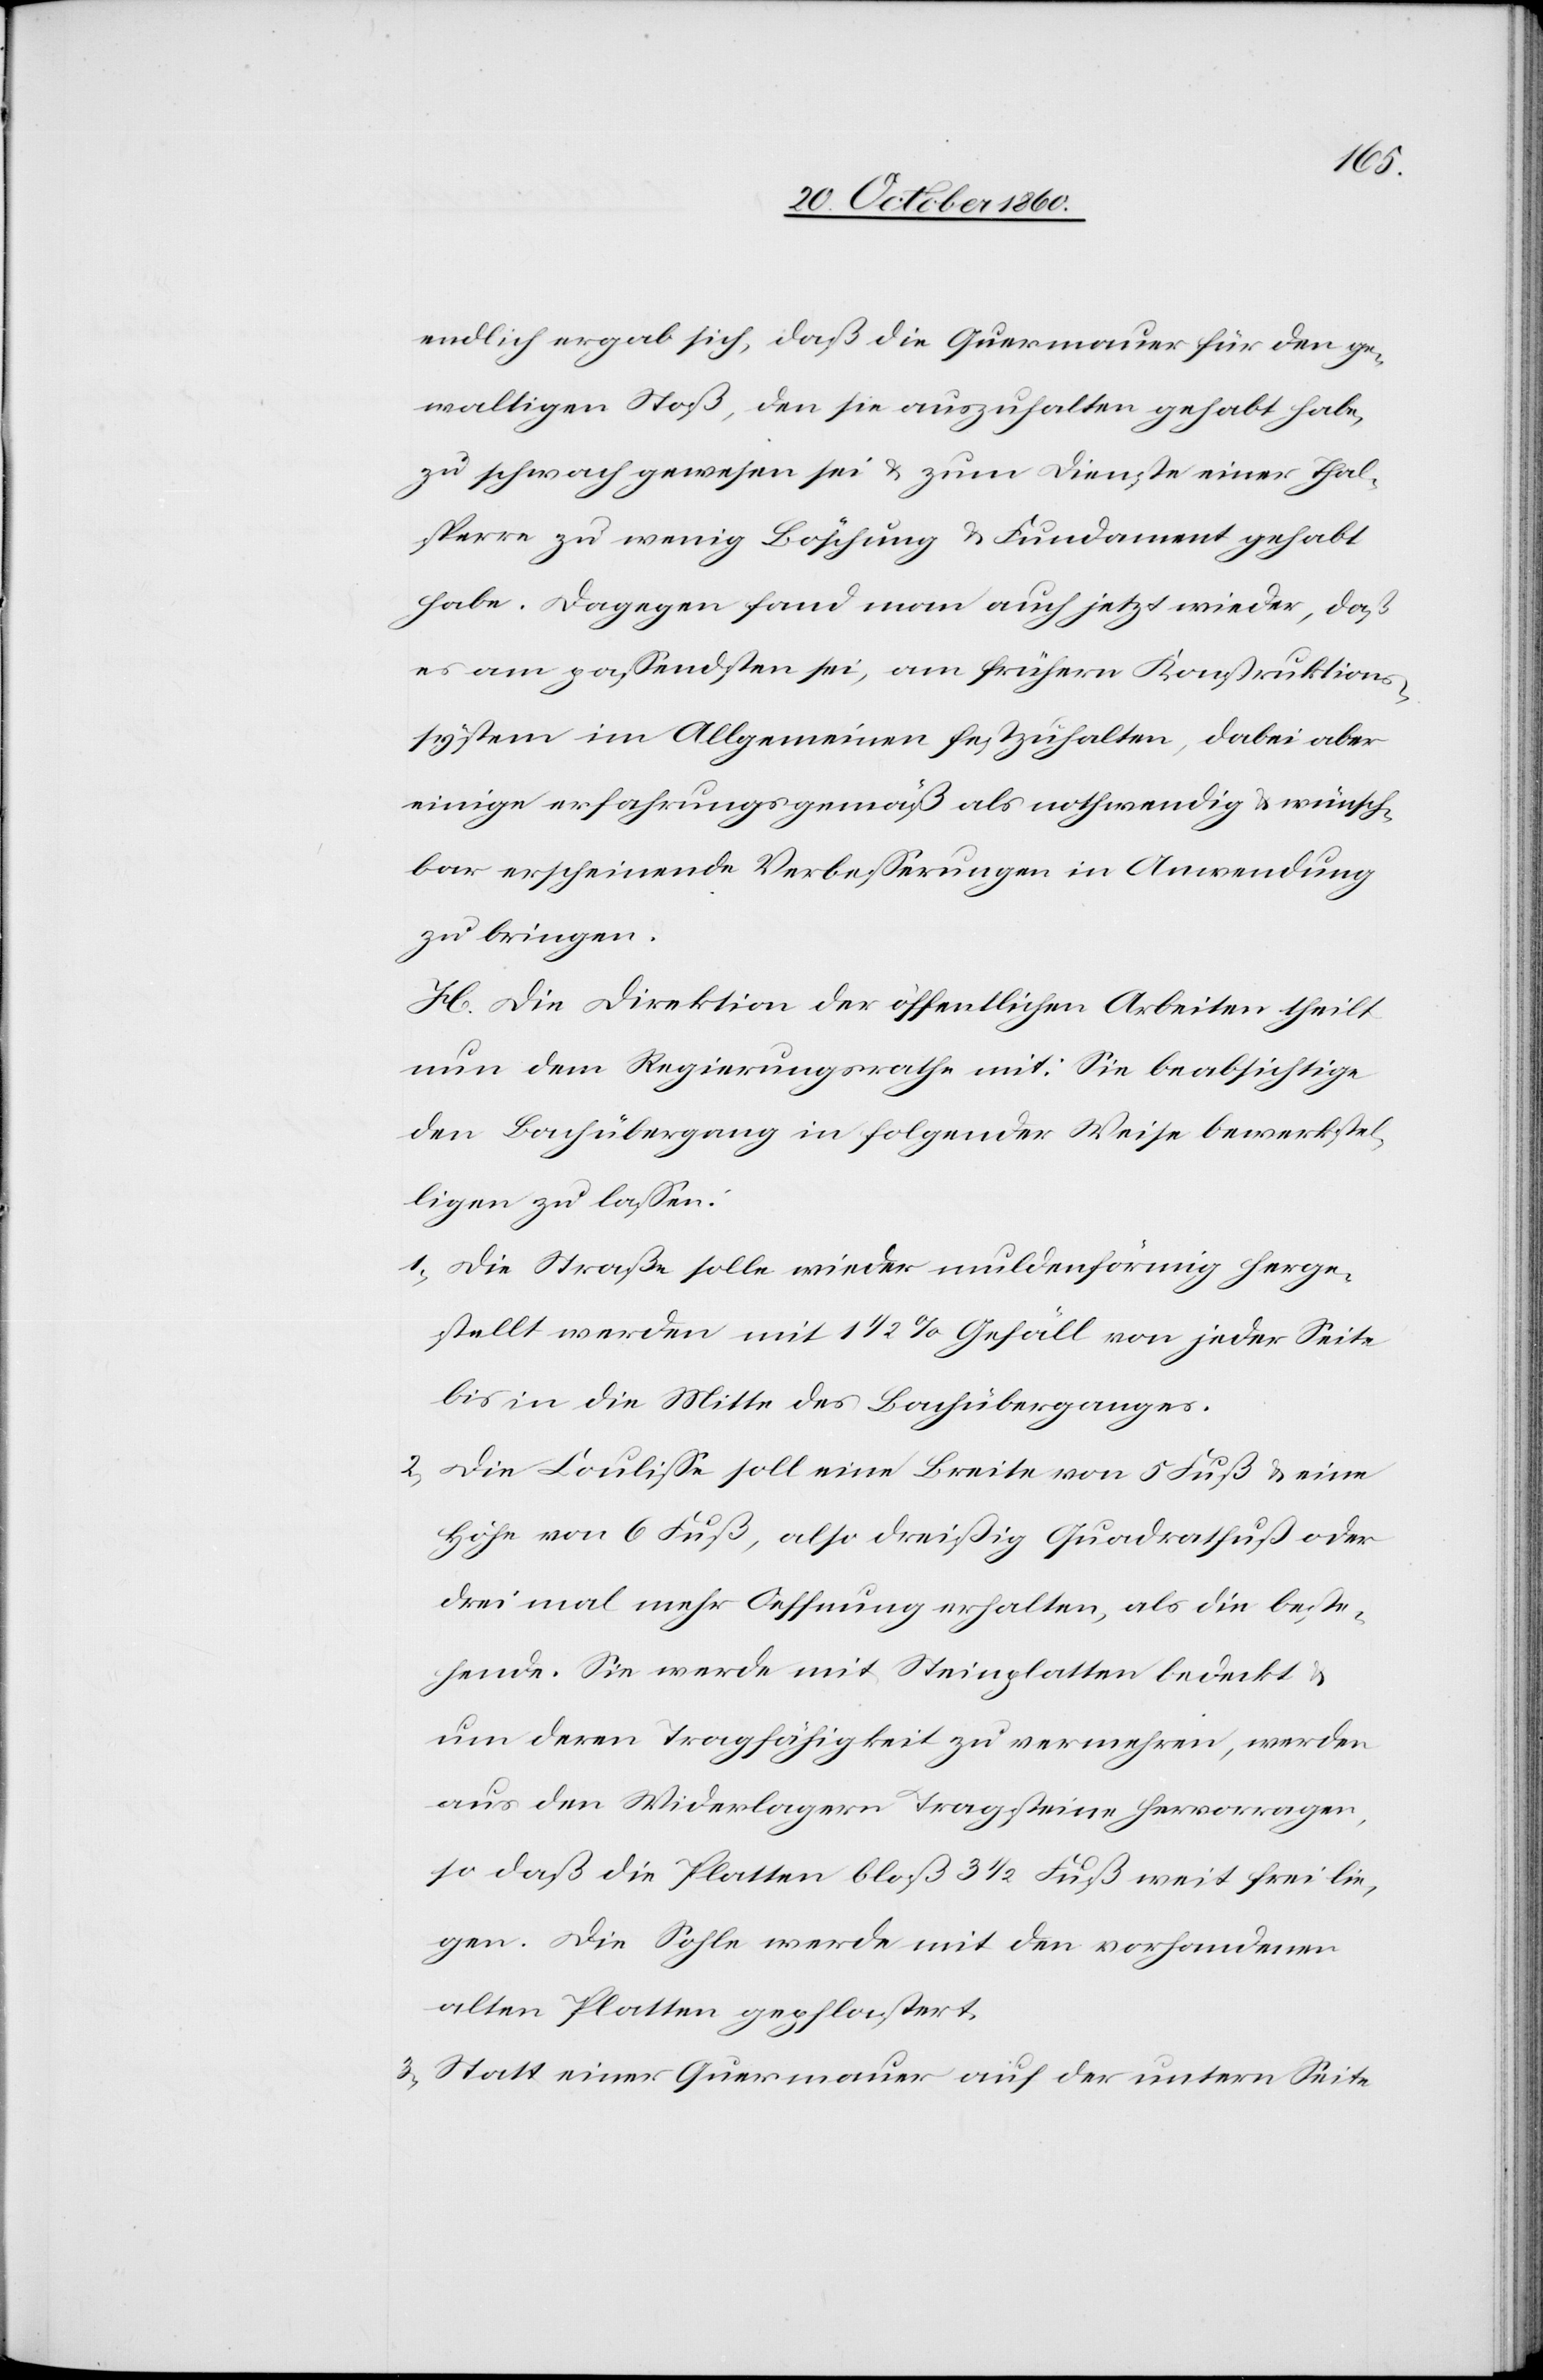
endlich ergab sich, daß die Quermauer für den ge¬
waltigen Stoß, den sie auszufallen gehabt habe,
zu schwach gewesen sei u. zum Dienste einer Thal¬
sperre zu wenig Böschung u. Fundament gehabt
habe. Dagegen fand man auch jetzt wieder, daß
es am passendsten sei, am frühern Konstruktions¬
system im Allgemeinen festzuhalten, dabei aber
einige erfahrungsgemäß als nothwendig u. wünsch¬
bar erscheinende Verbesserungen in Anwendung
zu bringen.
H. Die Direktion der öffentlichen Arbeiten theilt
nun dem Regierungsrathe mit: Sie beabsichtige
den Bachübergang in folgender Weise bewerkstel¬
ligen zu lassen:
1) Die Straße solle wieder muldenförmig herge¬
stellt werden mit 1 1/2% Gefäll von jeder Seite
bis in die Mitte des Bachüberganges.
2) Die Coulisse soll eine Breite von 5 Fuß u. eine
Höhe von 6 Fuß, also dreißig Quadratfuß oder
drei mal mehr Oeffnung erhalten, als die beste¬
hende. Sie werde mit Steinplatten bedeckt u.
um deren Tragfähigkeit zu vermehren, werden
aus den Widerlagern Tragsteine hervorragen,
so daß die Platten bloß 3 1/2 Fuß weit frei lie¬
gen. Die Sohle werde mit den vorhandenen
alten Platten gepflastert.
3) Statt einer Quermauer auf der untern Seite